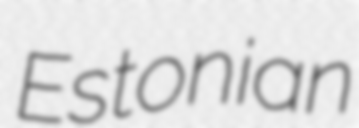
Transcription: Estonian